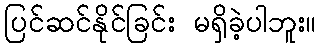
ပြင်ဆင်နိုင်ခြင်း မရှိခဲ့ပါဘူး။